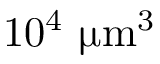
1 0 ^ { 4 } ~ { \upmu \mathrm { m } } ^ { 3 }